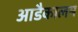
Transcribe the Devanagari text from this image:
आडैकालम